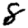
Digit: 8